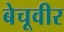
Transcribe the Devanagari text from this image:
बेचूवीर